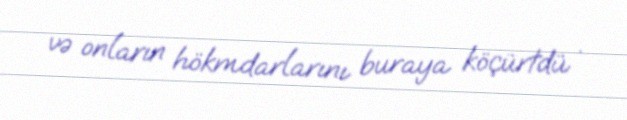
və onların hökmdarlarını buraya köçürtdü .